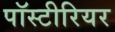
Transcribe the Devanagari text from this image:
पॉस्टीरियर